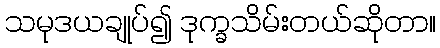
သမုဒယချုပ်၍ ဒုက္ခသိမ်းတယ်ဆိုတာ။